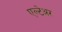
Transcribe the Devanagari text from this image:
एल्टेअर